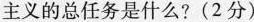
主义的总任务是什么？（2分）